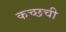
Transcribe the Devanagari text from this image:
कच्छची